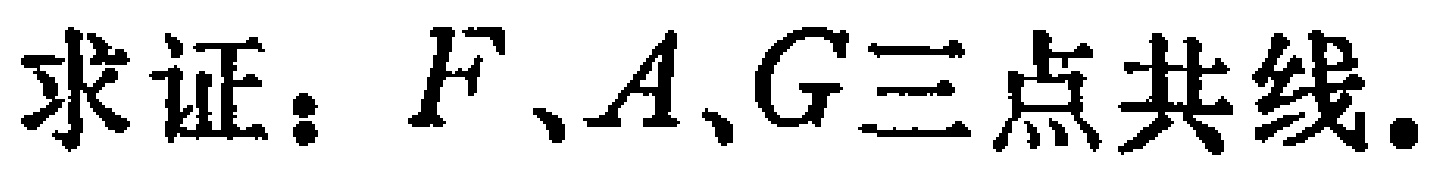
求证：\(F、A、G三点共线.\)